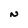
Character: N